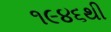
૧૯૪૬થી